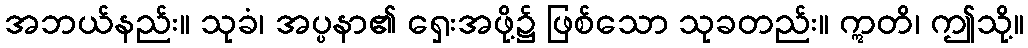
အဘယ်နည်း။ သုခံ၊ အပ္ပနာ၏ ရှေးအဖို့၌ ဖြစ်သော သုခတည်း။ ဣတိ၊ ဤသို့။